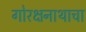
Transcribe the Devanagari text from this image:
गोरक्षनाथाचा